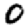
Digit: 0